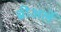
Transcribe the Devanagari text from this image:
ब्रीअर्ले